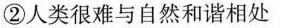
②人类很难与自然和谐相处